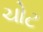
ચોટ